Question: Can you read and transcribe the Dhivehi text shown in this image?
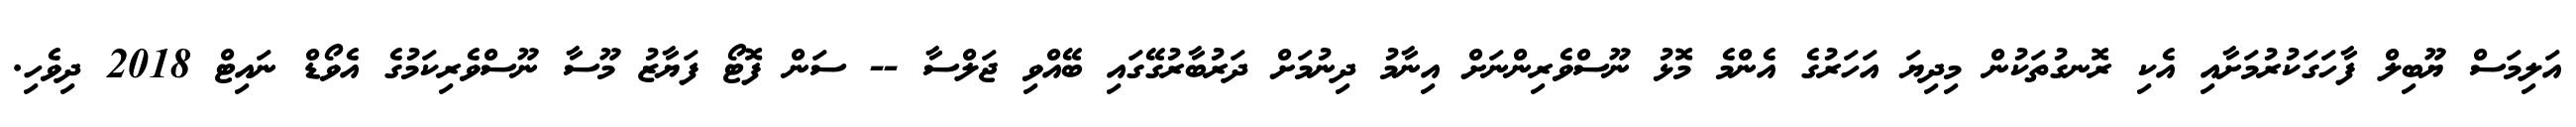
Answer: އަލިމަސް ޔޫބިލް ފާހަގަކުރުމަށާއި އެކި ރޮނގުތަކުން މިދިޔަ އަހަރުގެ އެންމެ މޮޅު ނޫސްވެރިންނަށް އިނާމު ދިނުމަށް ދަރުބާރުގޭގައި ބޭއްވި ޖަލްސާ -- ސަން ފޮޓޯ ފަޔާޒު މޫސާ ނޫސްވެރިކަމުގެ އެވޯޑް ނައިޓް 2018 ދިވެހި.